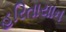
હરિતાયાન